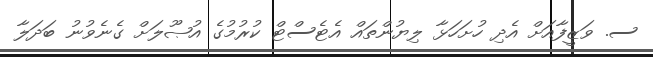
ސ. ވަޒީފާއަށް އެދި ހުށަހަޅާ ލިޔުންތައް އެޓެސްޓް ކުރުމުގެ އުޞޫލަށް ގެނެވުނު ބަދަލާ